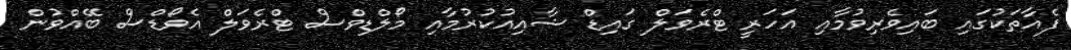
ފެއާތަކުގައި ބައިވެރިވުމާއި އަހަރީ ޓްރެވަލް ގައިޑް ޝާއިއުކުރުމާއި މޯލްޑިވްސް ޓްރެވަލް އެވޯޑްސް ބޭއްވުން